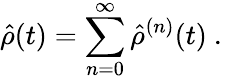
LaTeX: \hat{\rho}(t)=\sum_{n=0}^{\infty}\hat{\rho}^{(n)}(t)\mathrm{~.~}